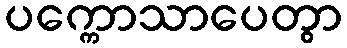
ပက္ကောသာပေတွာ